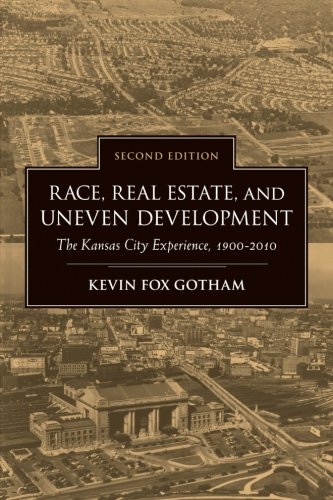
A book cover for Race, Real Estate, and Uneven Development, Second Edition: The Kansas City Experience, 1900-2010; Kevin Fox Gotham; Law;